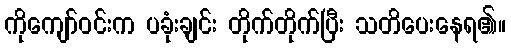
ကိုကျော်ဝင်းက ပခုံးချင်း တိုက်တိုက်ပြီး သတိပေးနေရ၏။